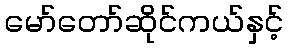
မော်တော်ဆိုင်ကယ်နှင့်